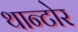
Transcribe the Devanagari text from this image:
थान्टोर